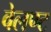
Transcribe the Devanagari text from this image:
वेलण्ट